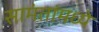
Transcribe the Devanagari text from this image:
सामंतांमध्ये